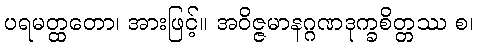
ပရမတ္ထတော၊ အားဖြင့်။ အဝိဇ္ဇမာနဂ္ဂဏဒုက္ခစိတ္တဿ စ၊